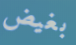
بغيض